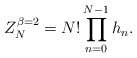
\begin{align*}Z_N^{\beta=2}=N!\prod_{n=0}^{N-1}h_n.\end{align*}